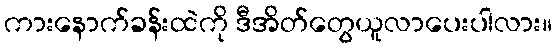
ကားနောက်ခန်းထဲကို ဒီအိတ်တွေယူလာပေးပါလား။